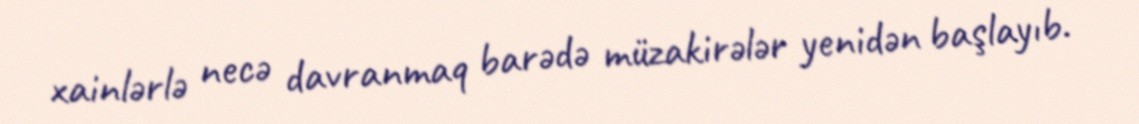
xainlərlə necə davranmaq barədə müzakirələr yenidən başlayıb.